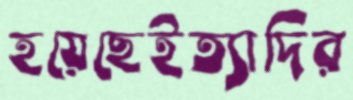
হয়েছেইত্যাদির